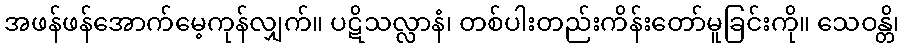
အဖန်ဖန်အောက်မေ့ကုန်လျှက်။ ပဋိသလ္လာနံ၊ တစ်ပါးတည်းကိန်းတော်မူခြင်းကို။ သေဝန္တိ၊